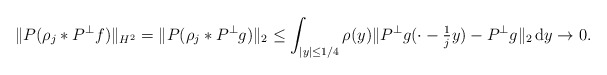
\begin{align*}\|P(\rho_j * P^\perp f)\|_{H^2} = \| P(\rho_j * P^\perp g) \|_2 \leq \int_{|y| \leq 1/4} \rho(y) \| P^\perp g (\cdot - \tfrac{1}{j}y) - P^\perp g\|_2 \, \mathrm{d}y \to 0.\end{align*}